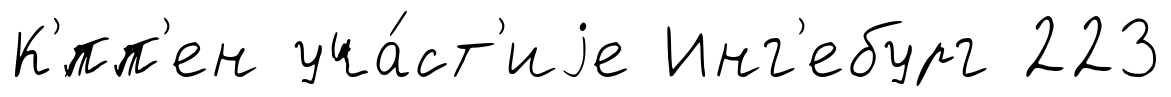
К'́пп'ен уча́ст'иjе Инг'ебург 223